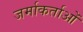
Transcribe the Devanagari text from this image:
जर्माकर्ताओं